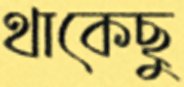
থাকেছু